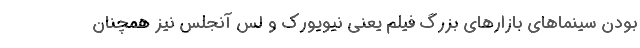
بودن سینماهای بازارهای بزرگ فیلم یعنی نیویورک و لس آنجلس نیز همچنان